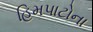
હિમપાટોના